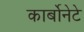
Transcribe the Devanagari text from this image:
कार्बोनेटे